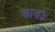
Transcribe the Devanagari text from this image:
शाजत